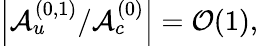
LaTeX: \left|{\cal A}_{u}^{(0,1)}/{\cal A}_{c}^{(0)}\right|={\cal O}(1),